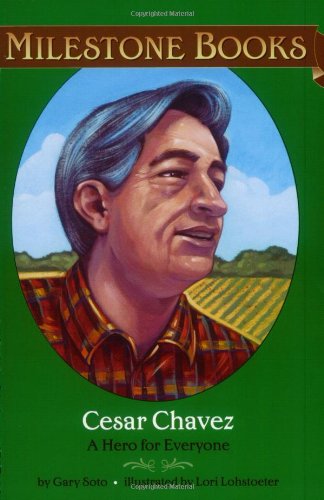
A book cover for Cesar Chavez: A Hero for Everyone (Milestone); Gary Soto; Children's Books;